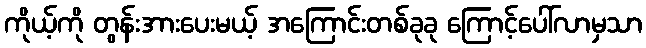
ကိုယ့်ကို တွန်းအားပေးမယ့် အကြောင်းတစ်ခုခု ကြောင့်ပေါ်လာမှသာ